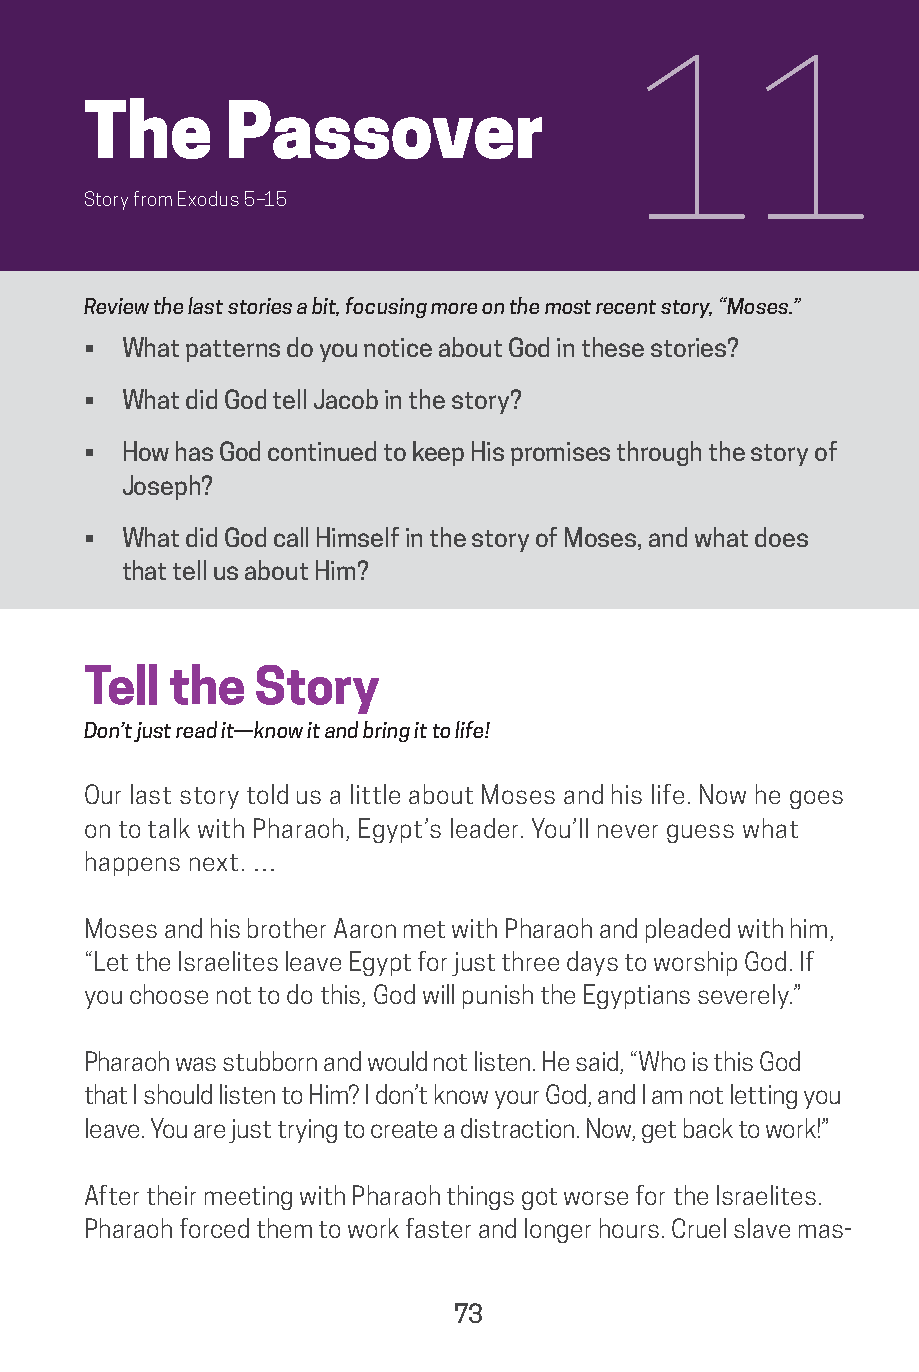
11
 The      Passover
 Story from Exodus 5–15
 Review the last stories a bit, focusing more on the most recent story, “Moses.”
 •  What patterns do you notice about God in these stories?
 •  What did God tell Jacob in the story?
 •  How has God continued to keep His promises through the story of
 Joseph?
 •  What did God call Himself in the story of Moses, and what does
 that tell us about Him?
 Tell  the  Story
 Don’t just read it—know it and bring it to life!
 Our last story told us a little about Moses and his life. Now he goes
 on to talk with Pharaoh, Egypt’s leader. You’ll never guess what
 happens next. …
 Moses and his brother Aaron met with Pharaoh and pleaded with him,
 “Let the Israelites leave Egypt for just three days to worship God. If
 you choose not to do this, God will punish the Egyptians severely.”
 Pharaoh was stubborn and would not listen. He said, “Who is this God
 that I should listen to Him? I don’t know your God, and I am not letting you
 leave. You are just trying to create a distraction. Now, get back to work!”
 After their meeting with Pharaoh things got worse for the Israelites.
 Pharaoh forced them to work faster and longer hours. Cruel slave mas-
 73
 saturate-story_of_god_kids-2.indd 73              8/10/17 10:11 PM